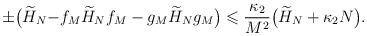
LaTeX: \begin{align*} \pm\big( \widetilde{H}_{N}-&f_M\widetilde{H}_{N} f_M-g_M\widetilde{H}_{N}g_M\big) \leqslant \frac{\kappa_2}{M^2}\big(\widetilde{H}_{N}+\kappa_2 N\big).\end{align*}